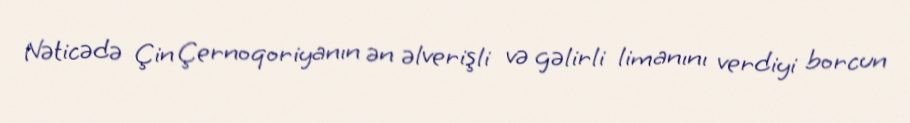
Nəticədə Çin Çernoqoriyanın ən əlverişli və gəlirli limanını verdiyi borcun